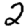
Digit: 2